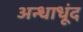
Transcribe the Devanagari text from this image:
अन्धाधूंद